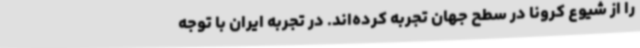
را از شیوع کرونا در سطح جهان تجربه کرده‌اند. در تجربه ایران با توجه